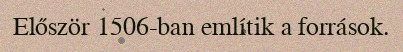
Először 1506-ban említik a források.